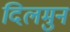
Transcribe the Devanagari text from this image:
दिलमुन